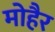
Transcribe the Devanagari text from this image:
मोहैर